system: You are a helpful assistant.
user:
Analyze the provided spectrum to determine if it is a **Carbon Star (C-type)**.

- **Key Visual Indicators of Carbon Star:**
    - **(Primary):** Strong molecular absorption from **C₂ (diatomic carbon) "Swan Bands."** This is the **defining feature** of a carbon star.
        - **(Key Bandheads):** Sharp absorption edges are visible at approximately $5635$ Å, $5165$ Å (the strongest band), and $4737$ Å.
        - **(Line Profile):** Creates a distinct **"saw-tooth"** pattern. The key morphology is a sharp, steep bandhead on the **red (long-wavelength) side**, which then gradually tapers off (i.e., flux recovers) towards the **blue (short-wavelength) side**. *(This is the direct opposite of the TiO bands seen in M-type stars)*.

    - **(Secondary):** Intense **CN (cyanogen)** molecular absorption bands.
        - **(Key Bandheads):** Located in the blue and violet regions of the spectrum (e.g., near $4215$ Å and $3883$ Å).
        - **(Morphology):** These bands are extremely broad and act as a "blanket," absorbing the vast majority of blue and violet light. This creates a characteristic **"cliff"** or **"steep drop-off"** in the spectrum's flux at short wavelengths.

    - **(Key Confirmation):** Strong **CH absorption band (G-band)**.
        - **(Key Bandhead):** Located around $4300$ Å. The contribution from CH molecules to this band is exceptionally strong.

    - **(Overall Spectrum):**
        - The continuum is severely "chopped up" by these deep molecular bands, especially C₂, rather than appearing as a smooth curve.
        - Due to the heavy CN and C₂ absorption in the blue-green, the vast majority of the star's flux is concentrated in the red part of the spectrum, giving the star its characteristic deep red color.

Think first, call **spectral_visualization_tool** if needed to examine features in detail, then provide your final answer. Your response must adhere to the following strict rules:
1.  **Overall Structure:** Your response must follow the format `<think>...</think> <tool_call>...</tool_call> (if a tool is used) <answer>...</answer>`.
2.  **Tool Usage Constraint:** You may only make **one** tool call per turn.
3.  **Final Answer Format:** In the `<answer>` tag, your conclusion must be inside a `\boxed{}` command (e.g., `\boxed{YES}`), followed by your justification.

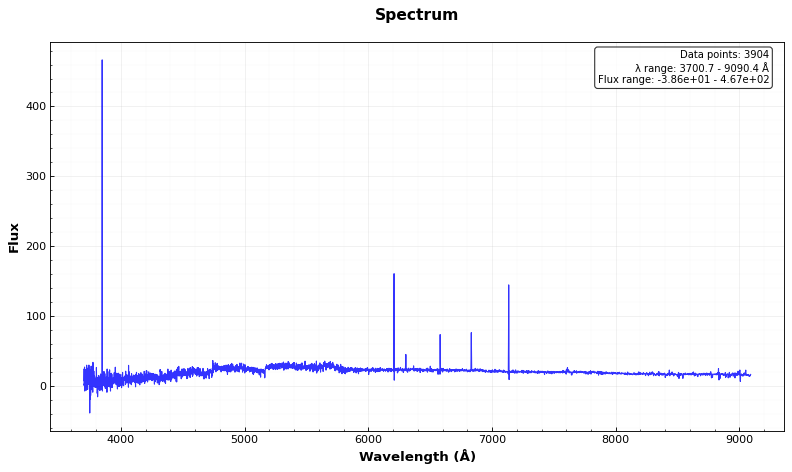
Answer: YES